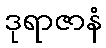
ဒုရာဇာနံ